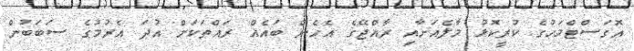
އޮގަސްޓްމަހުގެ ކުރީކޮޅު މާލެއަށާއި ރާއްޖޭގެ އެހެން ބައެއް ރައްތަކަށް އުދަ އެރުމުގެ ސަބަބުން